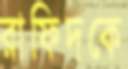
রাফিদকে